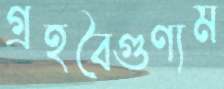
গ্রহবৈগুণ্যম